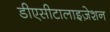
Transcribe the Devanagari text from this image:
डीएसीटालाइज़ेशन